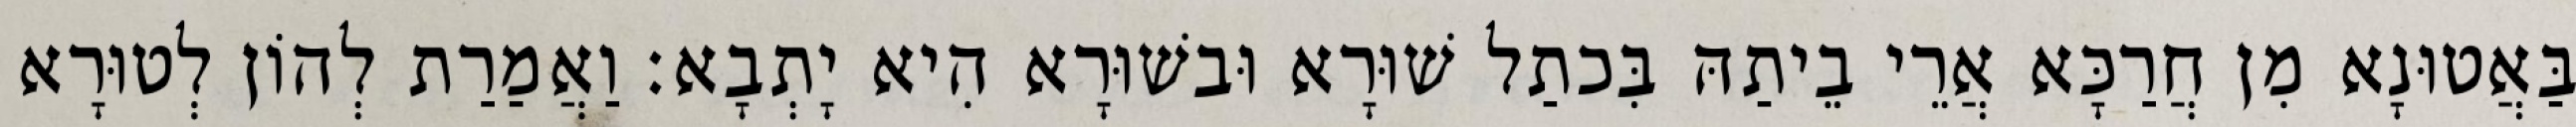
בַּאֲטוּנָא מִן חֲרַכָּא אֲרֵי בֵיתַהּ בִּכתַל שׁוּרָא וּבשׁוּרָא הִיא יָתְבָא׃ וַאֲמַרַת לְהוֹן לְטוּרָא